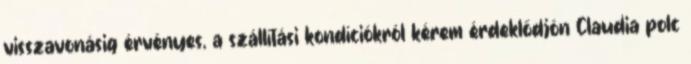
visszavonásig érvényes, a szállítási kondíciókról kérem érdeklődjön Claudia polc